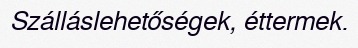
Szálláslehetőségek, éttermek.